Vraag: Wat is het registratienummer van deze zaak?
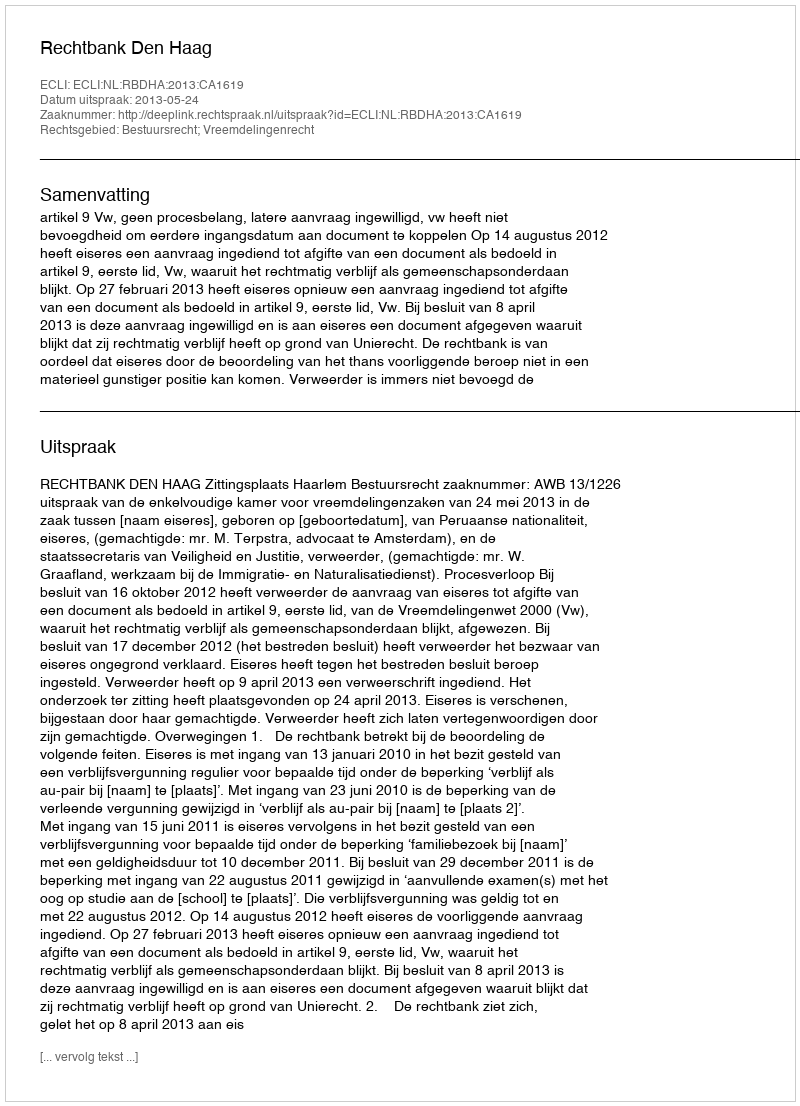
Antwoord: http://deeplink.rechtspraak.nl/uitspraak?id=ECLI:NL:RBDHA:2013:CA1619